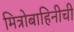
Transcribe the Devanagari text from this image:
मित्रोबाहिनीची